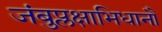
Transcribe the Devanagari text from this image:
जंबुप्लक्षाभिधानौ